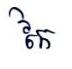
កៃ